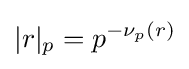
|r|_{p}=p^{-\nu _{p}(r)}